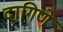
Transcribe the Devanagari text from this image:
दागिणे